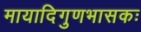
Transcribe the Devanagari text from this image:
मायादिगुणभासकः